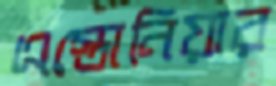
এস্তোনিয়ার